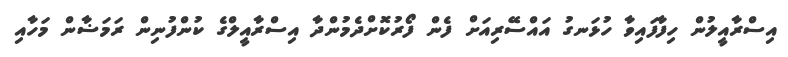
އިސްރާއީލުން ހިފާފައިވާ ހުޅަނގު އައްސޭރިއަށް ފެން ފޯރުކޮށްދެމުންދާ އިސްރާއީލްގެ ކުންފުނިން ރަމަޟާން މަހާއި